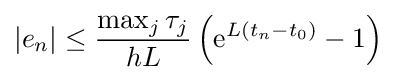
|e_{n}|\leq {\frac {\max _{j}\tau _{j}}{hL}}\left(\mathrm {e} ^{L(t_{n}-t_{0})}-1\right)